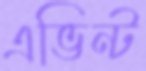
এভিন্ট